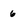
Character: 6